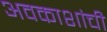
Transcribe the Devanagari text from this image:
अवकाशांची